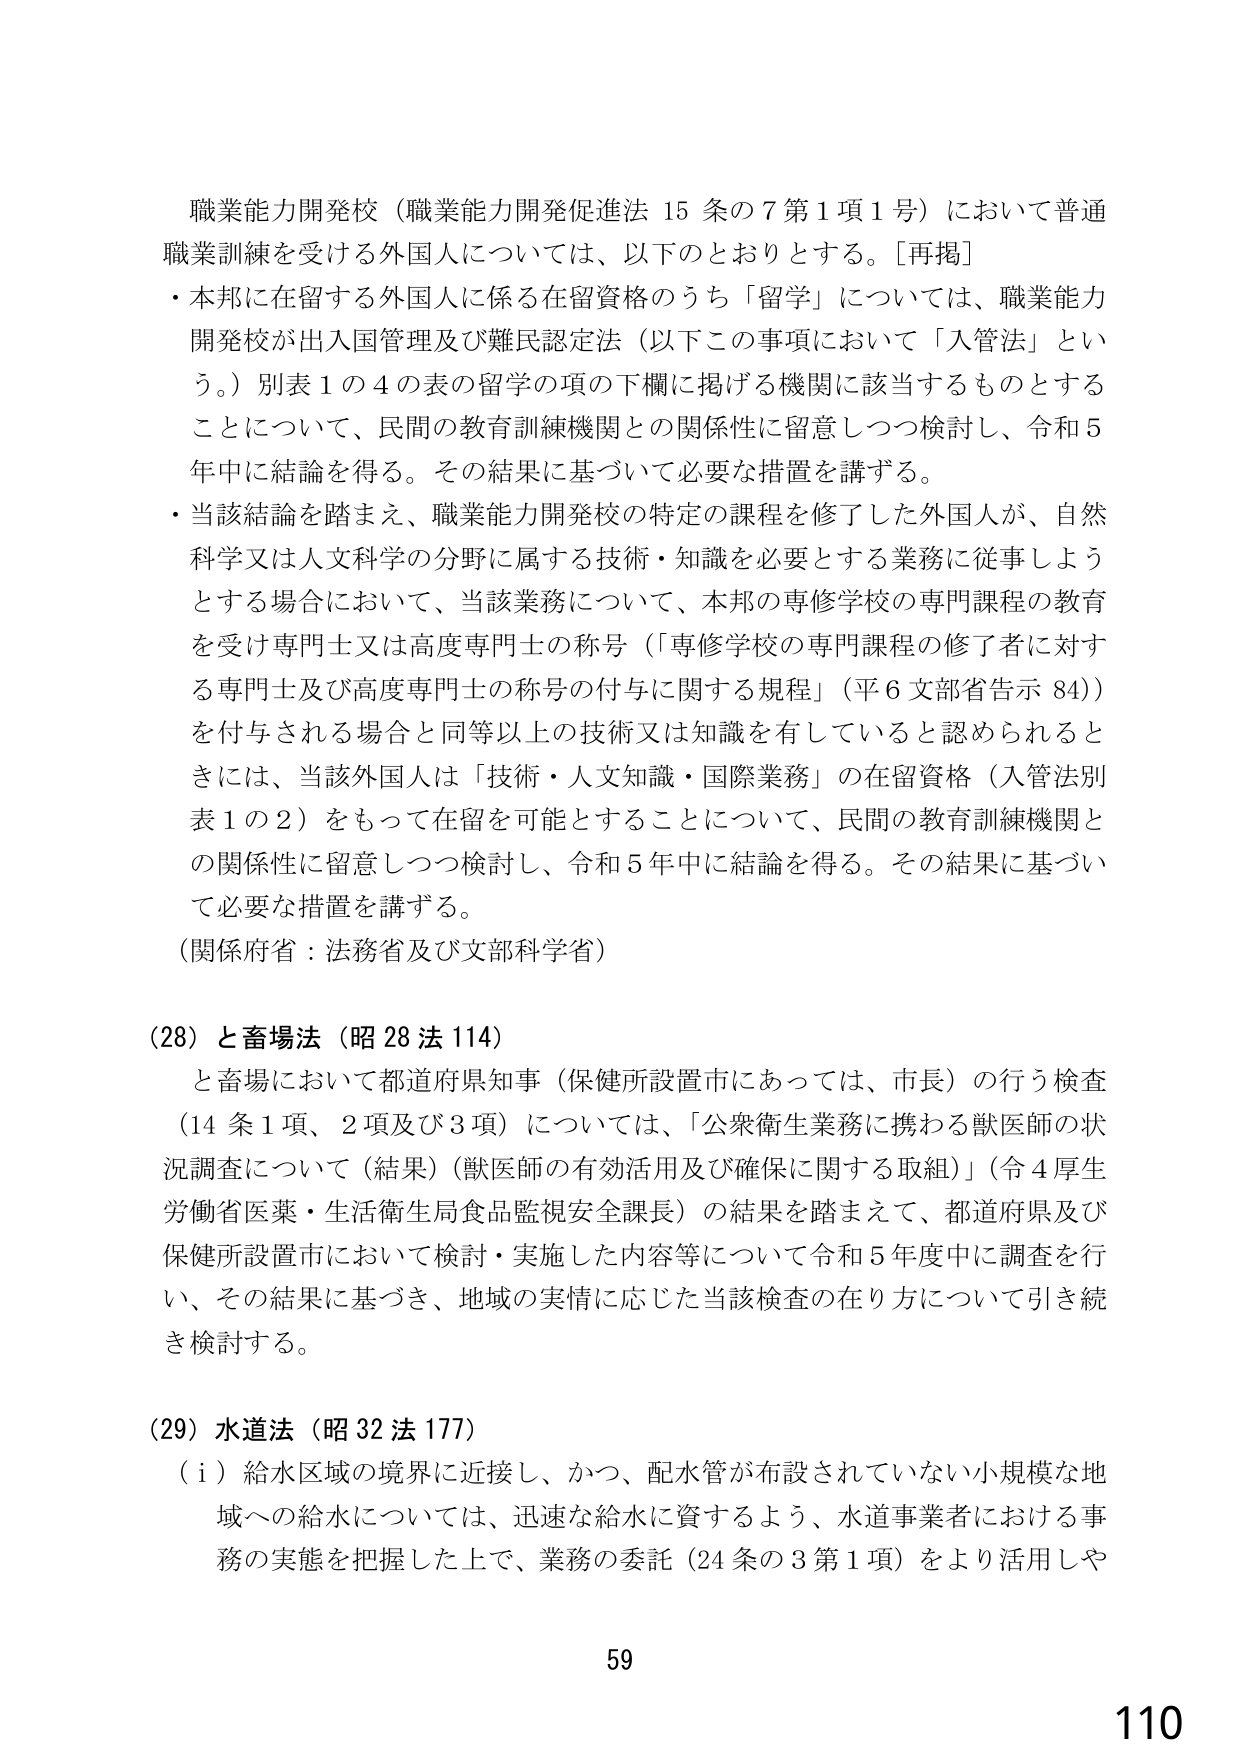
職業能力開発校（職業能力開発促進法 15 条の7第1項1号）において普通
職業訓練を受ける外国人については、以下のとおりとする。［再掲］
・本邦に在留する外国人に係る在留資格のうち「留学」については、職業能力
開発校が出入国管理及び難民認定法（以下この事項において「入管法」とい
う。）別表1の4の表の留学の項の下欄に掲げる機関に該当するものとする
ことについて、民間の教育訓練機関との関係性に留意しつつ検討し、令和5
年中に結論を得る。その結果に基づいて必要な措置を講ずる。
・当該結論を踏まえ、職業能力開発校の特定の課程を修了した外国人が、自然
科学又は人文科学の分野に属する技術・知識を必要とする業務に従事しよう
とする場合において、当該業務について、本邦の専修学校の専門課程の教育
を受け専門士又は高度専門士の称号（「専修学校の専門課程の修了者に対す
る専門士及び高度専門士の称号の付与に関する規程」（平6文部省告示 84））
を付与される場合と同等以上の技術又は知識を有していると認められると
きには、当該外国人は「技術・人文知識・国際業務」の在留資格（入管法別
表1の2）をもって在留を可能とすることについて、民間の教育訓練機関と
の関係性に留意しつつ検討し、令和5年中に結論を得る。その結果に基づい
て必要な措置を講ずる。
（関係府省：法務省及び文部科学省）

(28) と畜場法（昭28法114）
と畜場において都道府県知事（保健所設置市にあっては、市長）の行う検査
（14条1項、2項及び3項）については、「公衆衛生業務に携わる獣医師の状
況調査について（結果）（獣医師の有効活用及び確保に関する取組）」（令4厚生
労働省医薬・生活衛生局食品監視安全課長）の結果を踏まえて、都道府県及び
保健所設置市において検討・実施した内容等について令和5年度中に調査を行
い、その結果に基づき、地域の実情に応じた当該検査の在り方について引き続
き検討する。

(29) 水道法（昭32法177）
（i）給水区域の境界に近接し、かつ、配水管が布設されていない小規模な地
域への給水については、迅速な給水に資するよう、水道事業者における事
務の実態を把握した上で、業務の委託（24条の3第1項）をより活用しや

59
110